Annual report of the Punjab Veterinary College and of the Civil Veterinary Department, Punjab - 1920-1925
Year: 1920
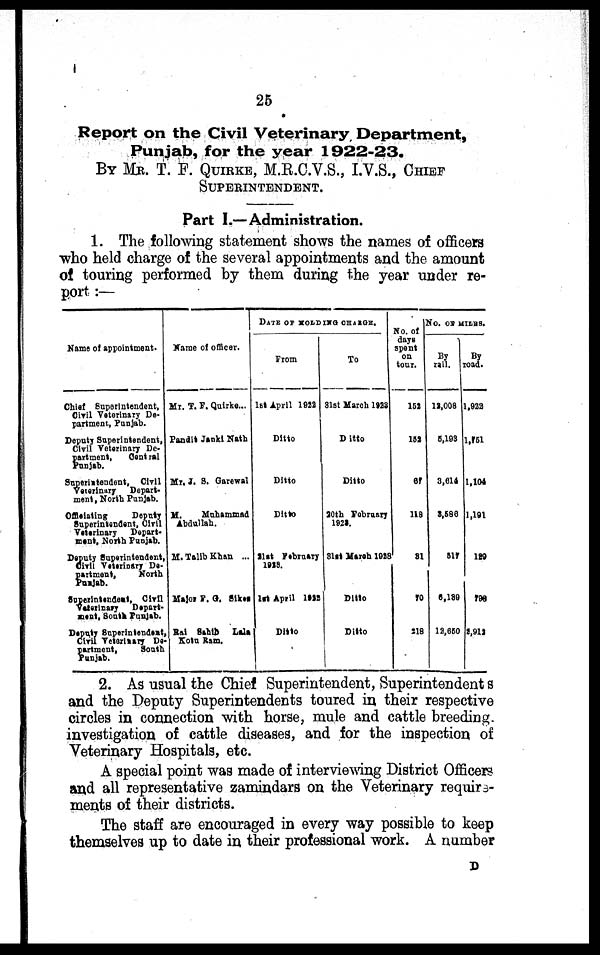
25
Report on the Civil Veterinary Department,
Punjab, for the year 1922-23.
BY MB. T. F. QUIRKE, M.R.C.V.S., I.V.S., CHIEF
SUPERINTENDENT.
Part I.—Administration.
1. The following statement shows the names of officers
who held charge of the several appointments and the amount
of touring performed by them during the year under re-
port :—
Name of appoi nt ment .
Chi ef Superi nt endent ,
Civil Vet eri nary De-
part ment , Punj ab.
Deput y Superi nt endent ,
Ci vi l Vet eri nary De-
part ment , Cent ral
Punj ab.
Superi nt endent , Ci vi l
Vet eri nary Depart -
ment , Nort h Punj ab.
Offi ci at i ng Deput y
Superi nt endent , Ci vi l
Vet eri nary Depart -
ment , Nort h Punj ab.
Deput y Superi nt endent ,
Ci vi l Vet eri nary De-
part ment , Nort h
Punj ab.
Superi nt endent , Civil
Vet eri nary Depart -
ment , Sout h Punj ab.
Deput y Superi nt endent ,
Ci vi l Vet eri nary De-
part ment , Sout h
Punj ab.
Name of offi cer.
Mr. T. F. Quirke. . .
Pandi t Janki Nat h
Mr. J. S. Garewal
M. Muhammad
Abdul l ah.
M. Tal l b Khan ...
Maj or F. G. Si kes
Rai Sahi b Lal a
Kot u Ram.
DATE OF HOLDING CHARGE.
Fr om
1st Apri l 1922
Ditto
Ditto
Ditto
31st February
1928.
1st Apri l 1928
Ditto
To
31st Mar ch 1923
Ditto
Ditto
20t h February
1925.
31st Mar ch 1928
Ditto
Ditto
No. of
days
spent
on
tour.
152
152
67
118
31
70
218
No. OF MILES.
By
rail.
12, 008
5, 193
3, 614
3,586
517
6, 189
12, 650
By
toad.
1, 922
1,751
1, 104
1, 191
129
798
2, 912
2. As usual the Chief Superintendent, Superintendents
and the Deputy Superintendents toured in their respective
circles in connection with horse, mule and cattle breeding,
investigation of cattle diseases, and for the inspection of
Veterinary Hospitals, etc.
A special point was made of interviewing District Officers
and all representative zamindars on the Veterinary require-
ments of their districts.
The staff are encouraged in every way possible to keep
themselves up to date in their professional work. A number
D